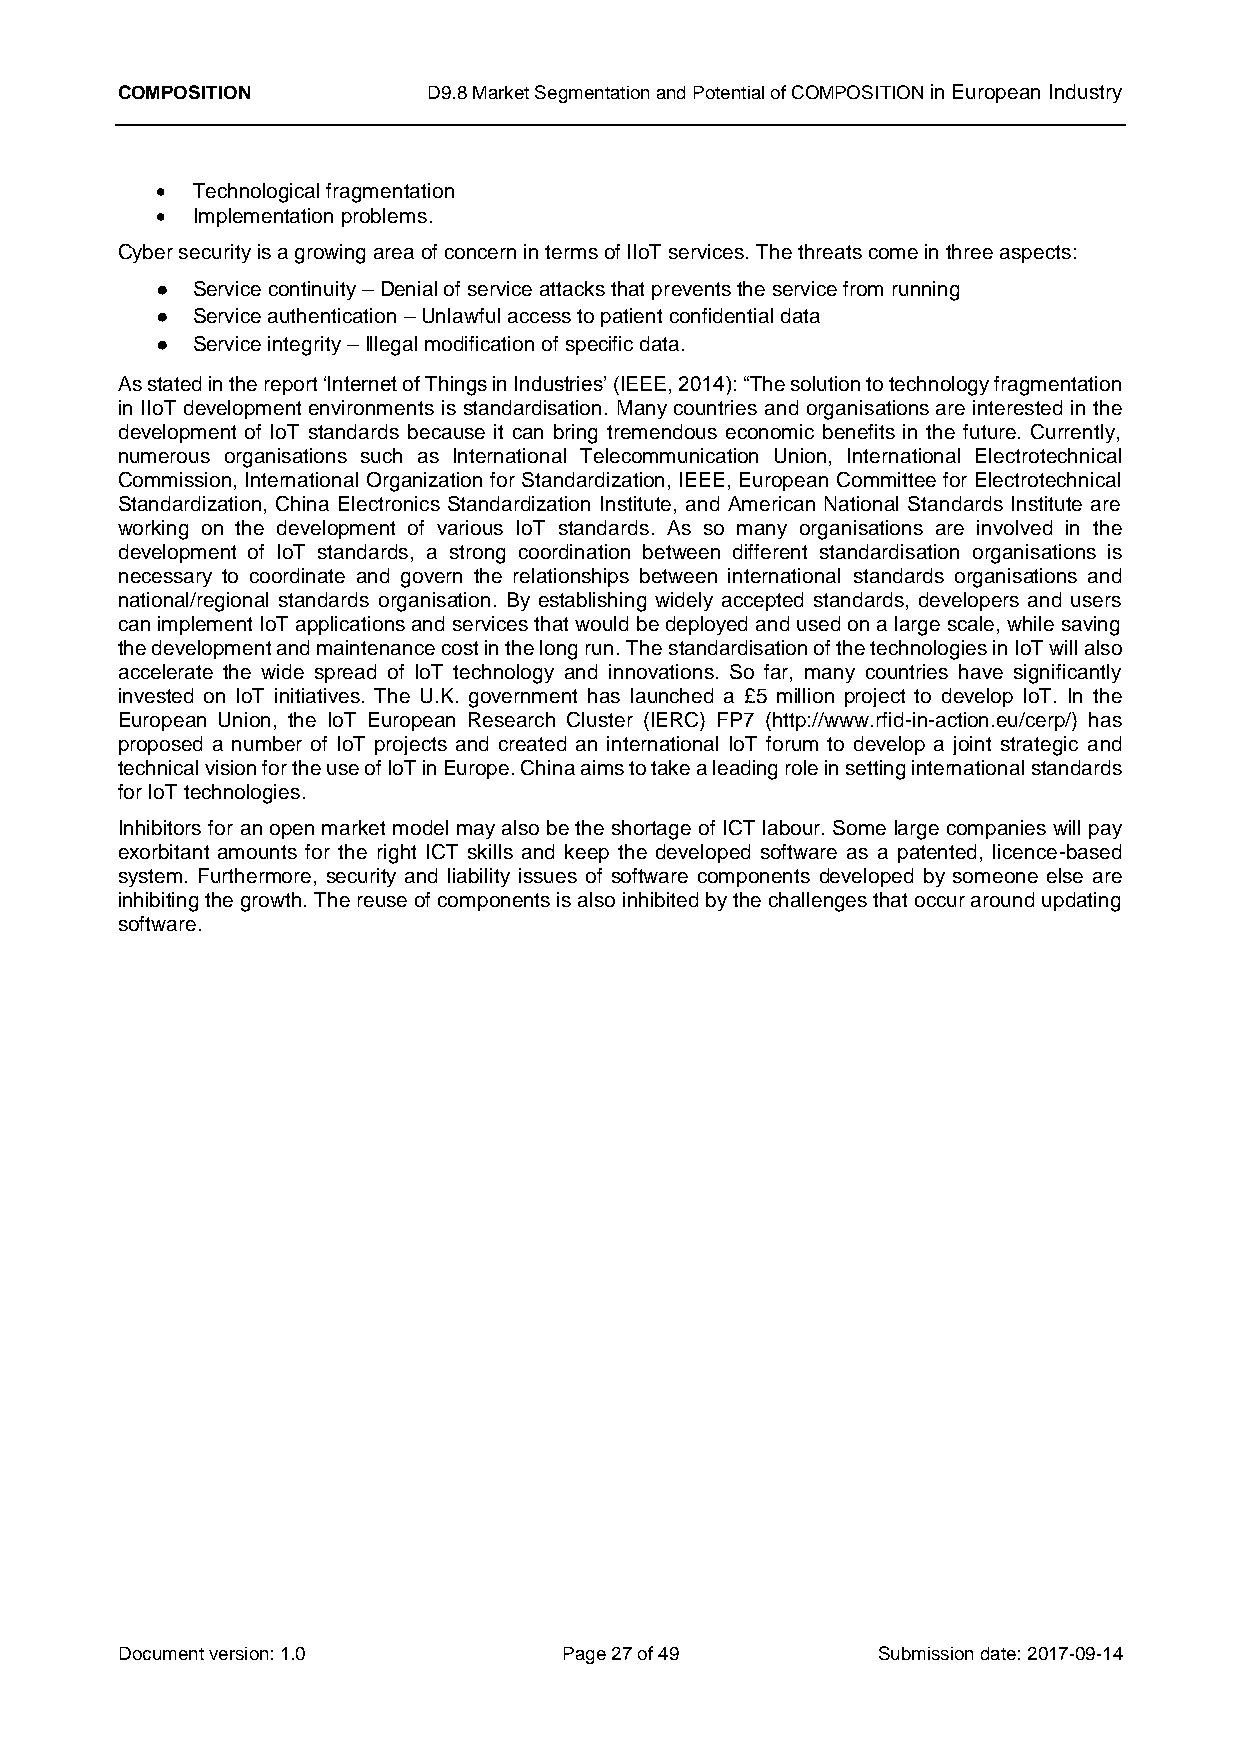
COMPOSITION         D9.8 Market Segmentation and Potential of COMPOSITION in European Industry
   Technological fragmentation
   Implementation problems.
 Cyber security is a growing area of concern in terms of IIoT services. The threats come in three aspects:
 ●  Service continuity – Denial of service attacks that prevents the service from running
 ●  Service authentication – Unlawful access to patient confidential data
 ●  Service integrity – Illegal modification of specific data.
 As stated in the report ‘Internet of Things in Industries’ (IEEE, 2014): “The solution to technology fragmentation
 in IIoT development environments is standardisation. Many countries and organisations are interested in the
 development of IoT standards because it can bring tremendous economic benefits in the future. Currently,
 numerous organisations such as International Telecommunication Union, International Electrotechnical
 Commission, International Organization for Standardization, IEEE, European Committee for Electrotechnical
 Standardization, China Electronics Standardization Institute, and American National Standards Institute are
 working on the development of various IoT standards. As so many organisations are involved in the
 development of IoT standards, a strong coordination between different standardisation organisations is
 necessary to coordinate and govern the relationships between international standards organisations and
 national/regional standards organisation. By establishing widely accepted standards, developers and users
 can implement IoT applications and services that would be deployed and used on a large scale, while saving
 the development and maintenance cost in the long run. The standardisation of the technologies in IoT will also
 accelerate the wide spread of IoT technology and innovations. So far, many countries have significantly
 invested on IoT initiatives. The U.K. government has launched a £5 million project to develop IoT. In the
 European Union, the IoT European Research Cluster (IERC) FP7 (http://www.rfid-in-action.eu/cerp/) has
 proposed a number of IoT projects and created an international IoT forum to develop a joint strategic and
 technical vision for the use of IoT in Europe. China aims to take a leading role in setting international standards
 for IoT technologies.
 Inhibitors for an open market model may also be the shortage of ICT labour. Some large companies will pay
 exorbitant amounts for the right ICT skills and keep the developed software as a patented, licence-based
 system. Furthermore, security and liability issues of software components developed by someone else are
 inhibiting the growth. The reuse of components is also inhibited by the challenges that occur around updating
 software.
 Document version: 1.0        Page 27 of 49        Submission date: 2017-09-14